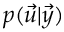
p ( \vec { u } \vert \vec { y } )